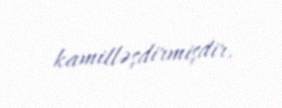
kamilləşdirmişdir.